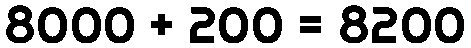
8000 + 200 = 8200